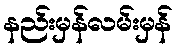
နည်းမှန်လမ်းမှန်